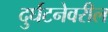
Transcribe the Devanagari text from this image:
दुर्घटनेवरील